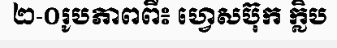
២-០រូបភាពពី៖ ហ្វេសប៊ុក ក្លិប